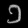
Digit: ၁